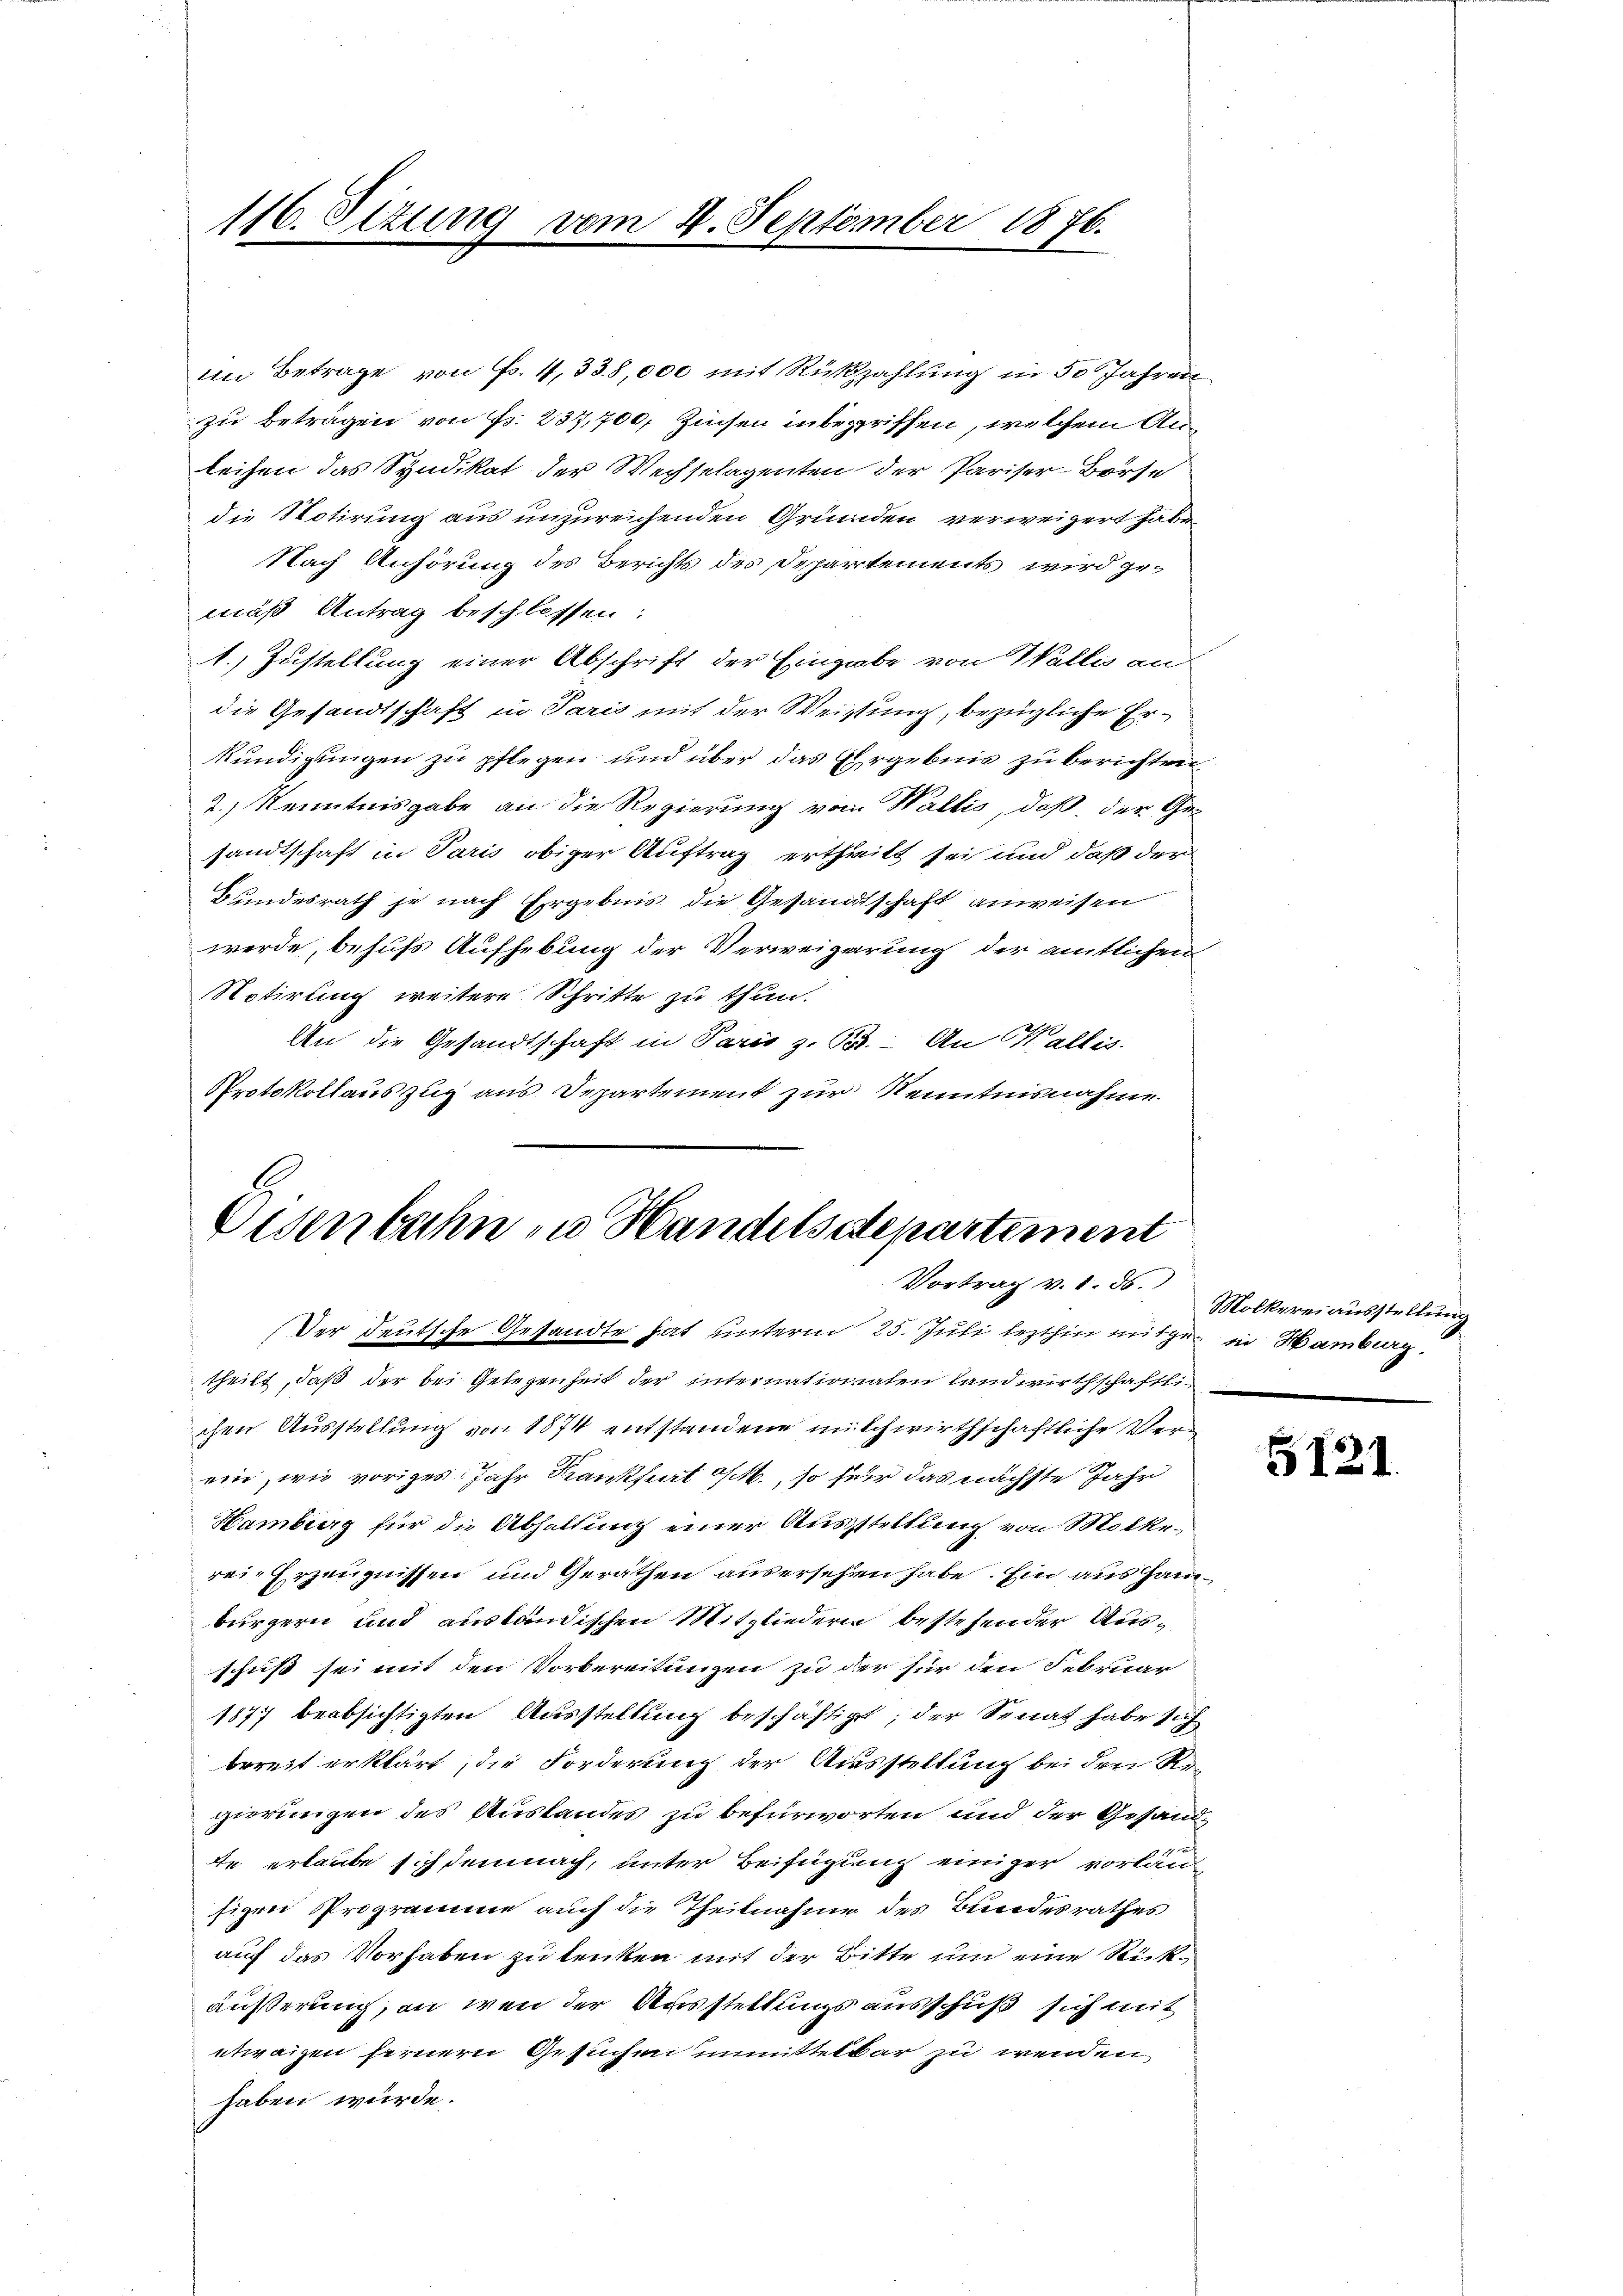
116. Setzung vom 4. September 1876.

im Betrage von Fr. 4, 338,000 mit Rükzahlung in 50 Jahren
zu beträgen von Fr. 237,700, Zinsen inbegriffen, welchem Anleihen das Syndikat der Wechselagenten der Pariser-Borte
die Notirung aus unzureichenden Gründen verweigert habe.
Nach Anhörung des Berichts des Departements wird gemäß Antrag beschlossen:
1.) Zustellung einer Abschrift der Eingabe von Wallis an
die Gesandtschaft in Paris mit der Weistung, bezügliche Erkundigungen zu pflegen und über das Ehrgebnis zu berichten
2.) Kenntnisgabe an die Regierung vom Wallis, daß der Ge-
sandtschaft in Paris obiger Auftrag ertheilt sei und daß der
Bundesrath je nach Ergebnis die Gesandtschaft anweisen
werde, behufs Aufhebung der Verweigerung der amtlichen
Notirung weitere Schritte zu thun.
An die Gesandtschaft in Paris z. B. An Wallis
Protokollauszug aus Departement zur Kenntnisnahme
Der deutsche Gesandte hat unterm 25. Juli lezthin mitgen in Hamburg
theilt, daß der bei Gelegenheit der internationalen landwirthschaftlichen Ausstellung von 1874 entstandene milchwirthschaftliche Verein, wie voriges Jahr Krankiert a/M., so für das nächste Jahr
Hamburg für die Abhaltung einer Ausstellung von Mölke
rei-Erzeugnissen und Geräthen ausersehen habe. Ein aus Hanbürgern und ausländischen Mitgliedern bestehender Ausschuß sei mit den Vorbereitungen zu der für den Februar
1877 beabsichtigten Ausstellung beschäftiget; der Senat habe sich
bereit erklärt, die Forderung der Ausstellung bei den Rec
gierungen des Auslandes zu befürworten und der Gesandte erlaube sich demnach, unter Beifügung einiger vorläufigen Programme auch die Theilnahme des Bundesrathes
auf das Vorhaben zu lenken mit der Bitte um eine Rückäußerung, an wen der Ausstellungsausschuß sich mit
etwaigen fernern Gesuchen unmittelbar zu wenden,
haben würde.

Eisenbahn zu Handelsdepartement
Vortrag v. 1. ds.

Mölkerei ausstellung

5121